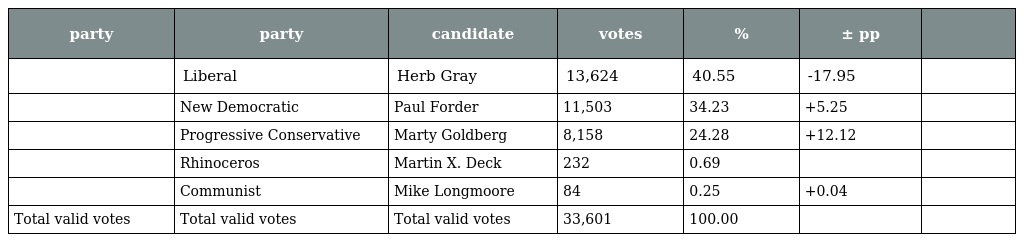
| party | party | candidate | votes | % | ± pp |  |
 | --- | --- | --- | --- | --- | --- | --- |
 |  | Liberal | Herb Gray | 13,624 | 40.55 | -17.95 |  |
 |  | New Democratic | Paul Forder | 11,503 | 34.23 | +5.25 |  |
 |  | Progressive Conservative | Marty Goldberg | 8,158 | 24.28 | +12.12 |  |
 |  | Rhinoceros | Martin X. Deck | 232 | 0.69 |  |  |
 |  | Communist | Mike Longmoore | 84 | 0.25 | +0.04 |  |
 | Total valid votes | Total valid votes | Total valid votes | 33,601 | 100.00 |  |  |